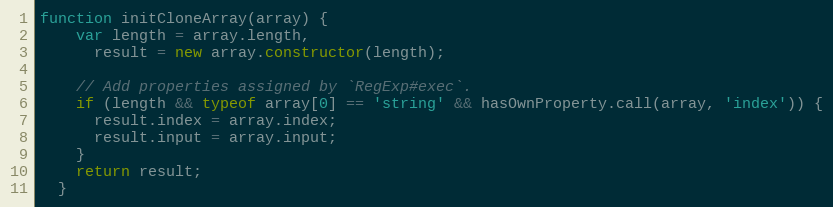
Language: JavaScript
function initCloneArray(array) {
    var length = array.length,
      result = new array.constructor(length);

    // Add properties assigned by `RegExp#exec`.
    if (length && typeof array[0] == 'string' && hasOwnProperty.call(array, 'index')) {
      result.index = array.index;
      result.input = array.input;
    }
    return result;
  }